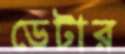
ডেটার